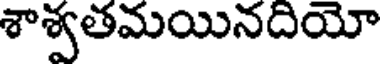
శాశ్వతమయినదియో